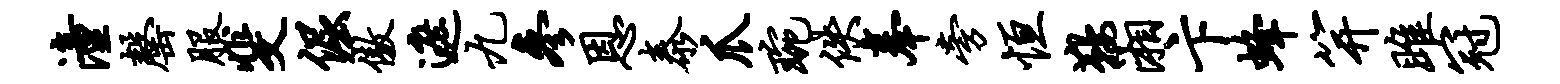
潼罄服斐倔傲遮九参恩泰爪琬佚奉旁恒鞍湘卞蜂笄雎冠